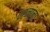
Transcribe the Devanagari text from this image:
प्रश्‍नांना